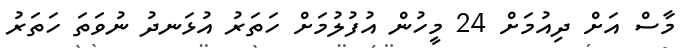
މާސް އަށް ދިއުމަށް 24 މީހުން އުފުލުމަށް ހަތަރު އުޅަނދު ނުވަތަ ހަތަރު